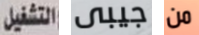
التشغيل جيبى من